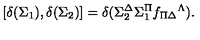
{ } [ \delta ( \Sigma _ { 1 } ) , \delta ( \Sigma _ { 2 } ) ] = \delta ( \Sigma _ { 2 } ^ { \Delta } \Sigma _ { 1 } ^ { \Pi } f _ { \Pi \Delta } { } ^ { \Lambda } ) .